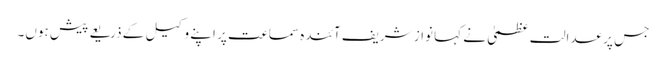
جس پر عدالت عظمیٰ نے کہا نواز شریف آئندہ سماعت پر اپنے وکیل کے ذریعے پیش ہوں۔